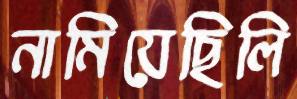
নামিয়েছিলি